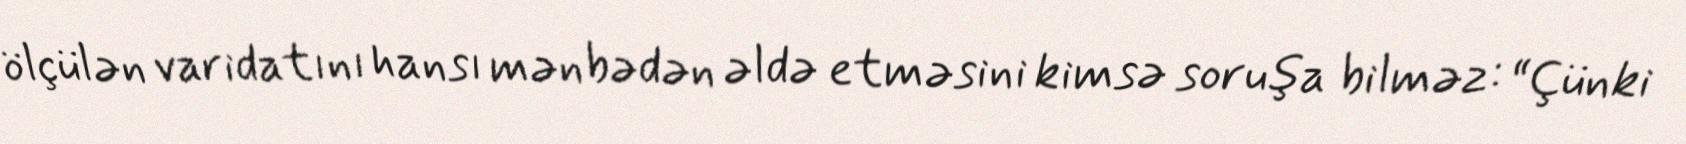
ölçülən varidatını hansı mənbədən əldə etməsini kimsə soruşa bilməz: “Çünki